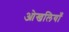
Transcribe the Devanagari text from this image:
ओखलियाँ